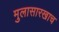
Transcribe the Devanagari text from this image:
मुलासारखाच